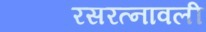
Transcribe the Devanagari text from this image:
रसरत्नावली